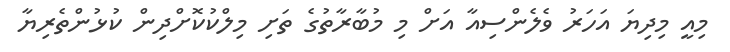
މިއީ މިދިޔަ އަހަރު ވެލެންސިއާ އަށް މި މުބާރާތުގެ ތަށި މިލްކުކޮށްދިން ކުޅުންތެރިޔާ